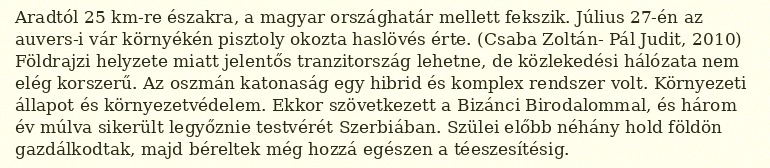
Aradtól 25 km-re északra, a magyar országhatár mellett fekszik. Július 27-én az auvers-i vár környékén pisztoly okozta haslövés érte. (Csaba Zoltán- Pál Judit, 2010) Földrajzi helyzete miatt jelentős tranzitország lehetne, de közlekedési hálózata nem elég korszerű. Az oszmán katonaság egy hibrid és komplex rendszer volt. Környezeti állapot és környezetvédelem. Ekkor szövetkezett a Bizánci Birodalommal, és három év múlva sikerült legyőznie testvérét Szerbiában. Szülei előbb néhány hold földön gazdálkodtak, majd béreltek még hozzá egészen a téeszesítésig.